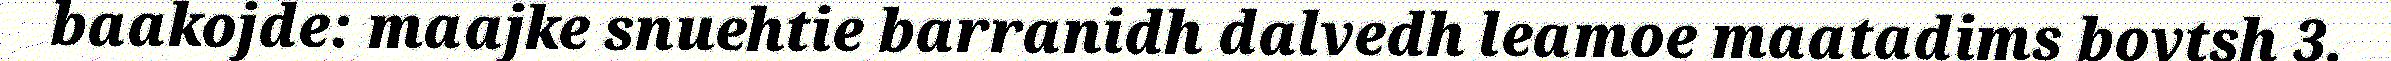
baakojde: maajke snuehtie barranidh dalvedh leamoe maatadims bovtsh 3.